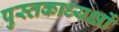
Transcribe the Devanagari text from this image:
पुस्तकाध्यक्षों